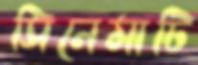
সিনেমাটি